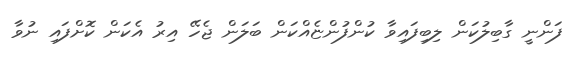
ފަންނީ ގާބިލުކަން ލިބިފައިވާ ކުންފުންޏެއްކަން ބަލަން ޖެހޭ އިރު އެކަން ކޮށްފައި ނުވާ